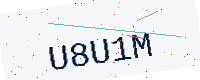
Text: U8U1M